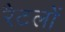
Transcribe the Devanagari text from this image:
रैटलों